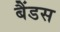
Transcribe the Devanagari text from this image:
बैंडस